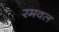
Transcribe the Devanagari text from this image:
रमवल